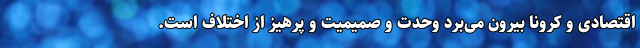
اقتصادی و کرونا بیرون می‌برد وحدت و صمیمیت و پرهیز از اختلاف است.